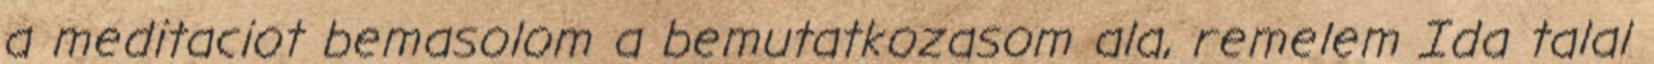
a meditaciot bemasolom a bemutatkozasom ala, remelem Ida talal